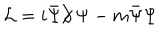
{ \cal L } = i \bar { \Psi } \partial \! \! \! / \, \Psi - m \bar { \Psi } \Psi